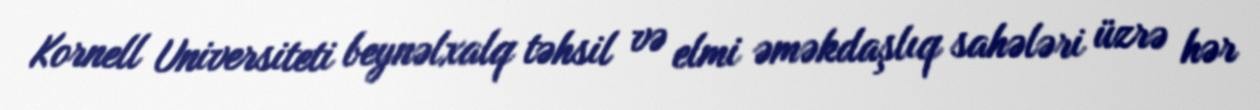
Kornell Universiteti beynəlxalq təhsil və elmi əməkdaşlıq sahələri üzrə hər